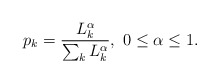
\begin{align*}p_k=\frac{L^{\alpha}_k}{\sum_{k}L^{\alpha}_k}, \ 0\le \alpha\le 1.\end{align*}